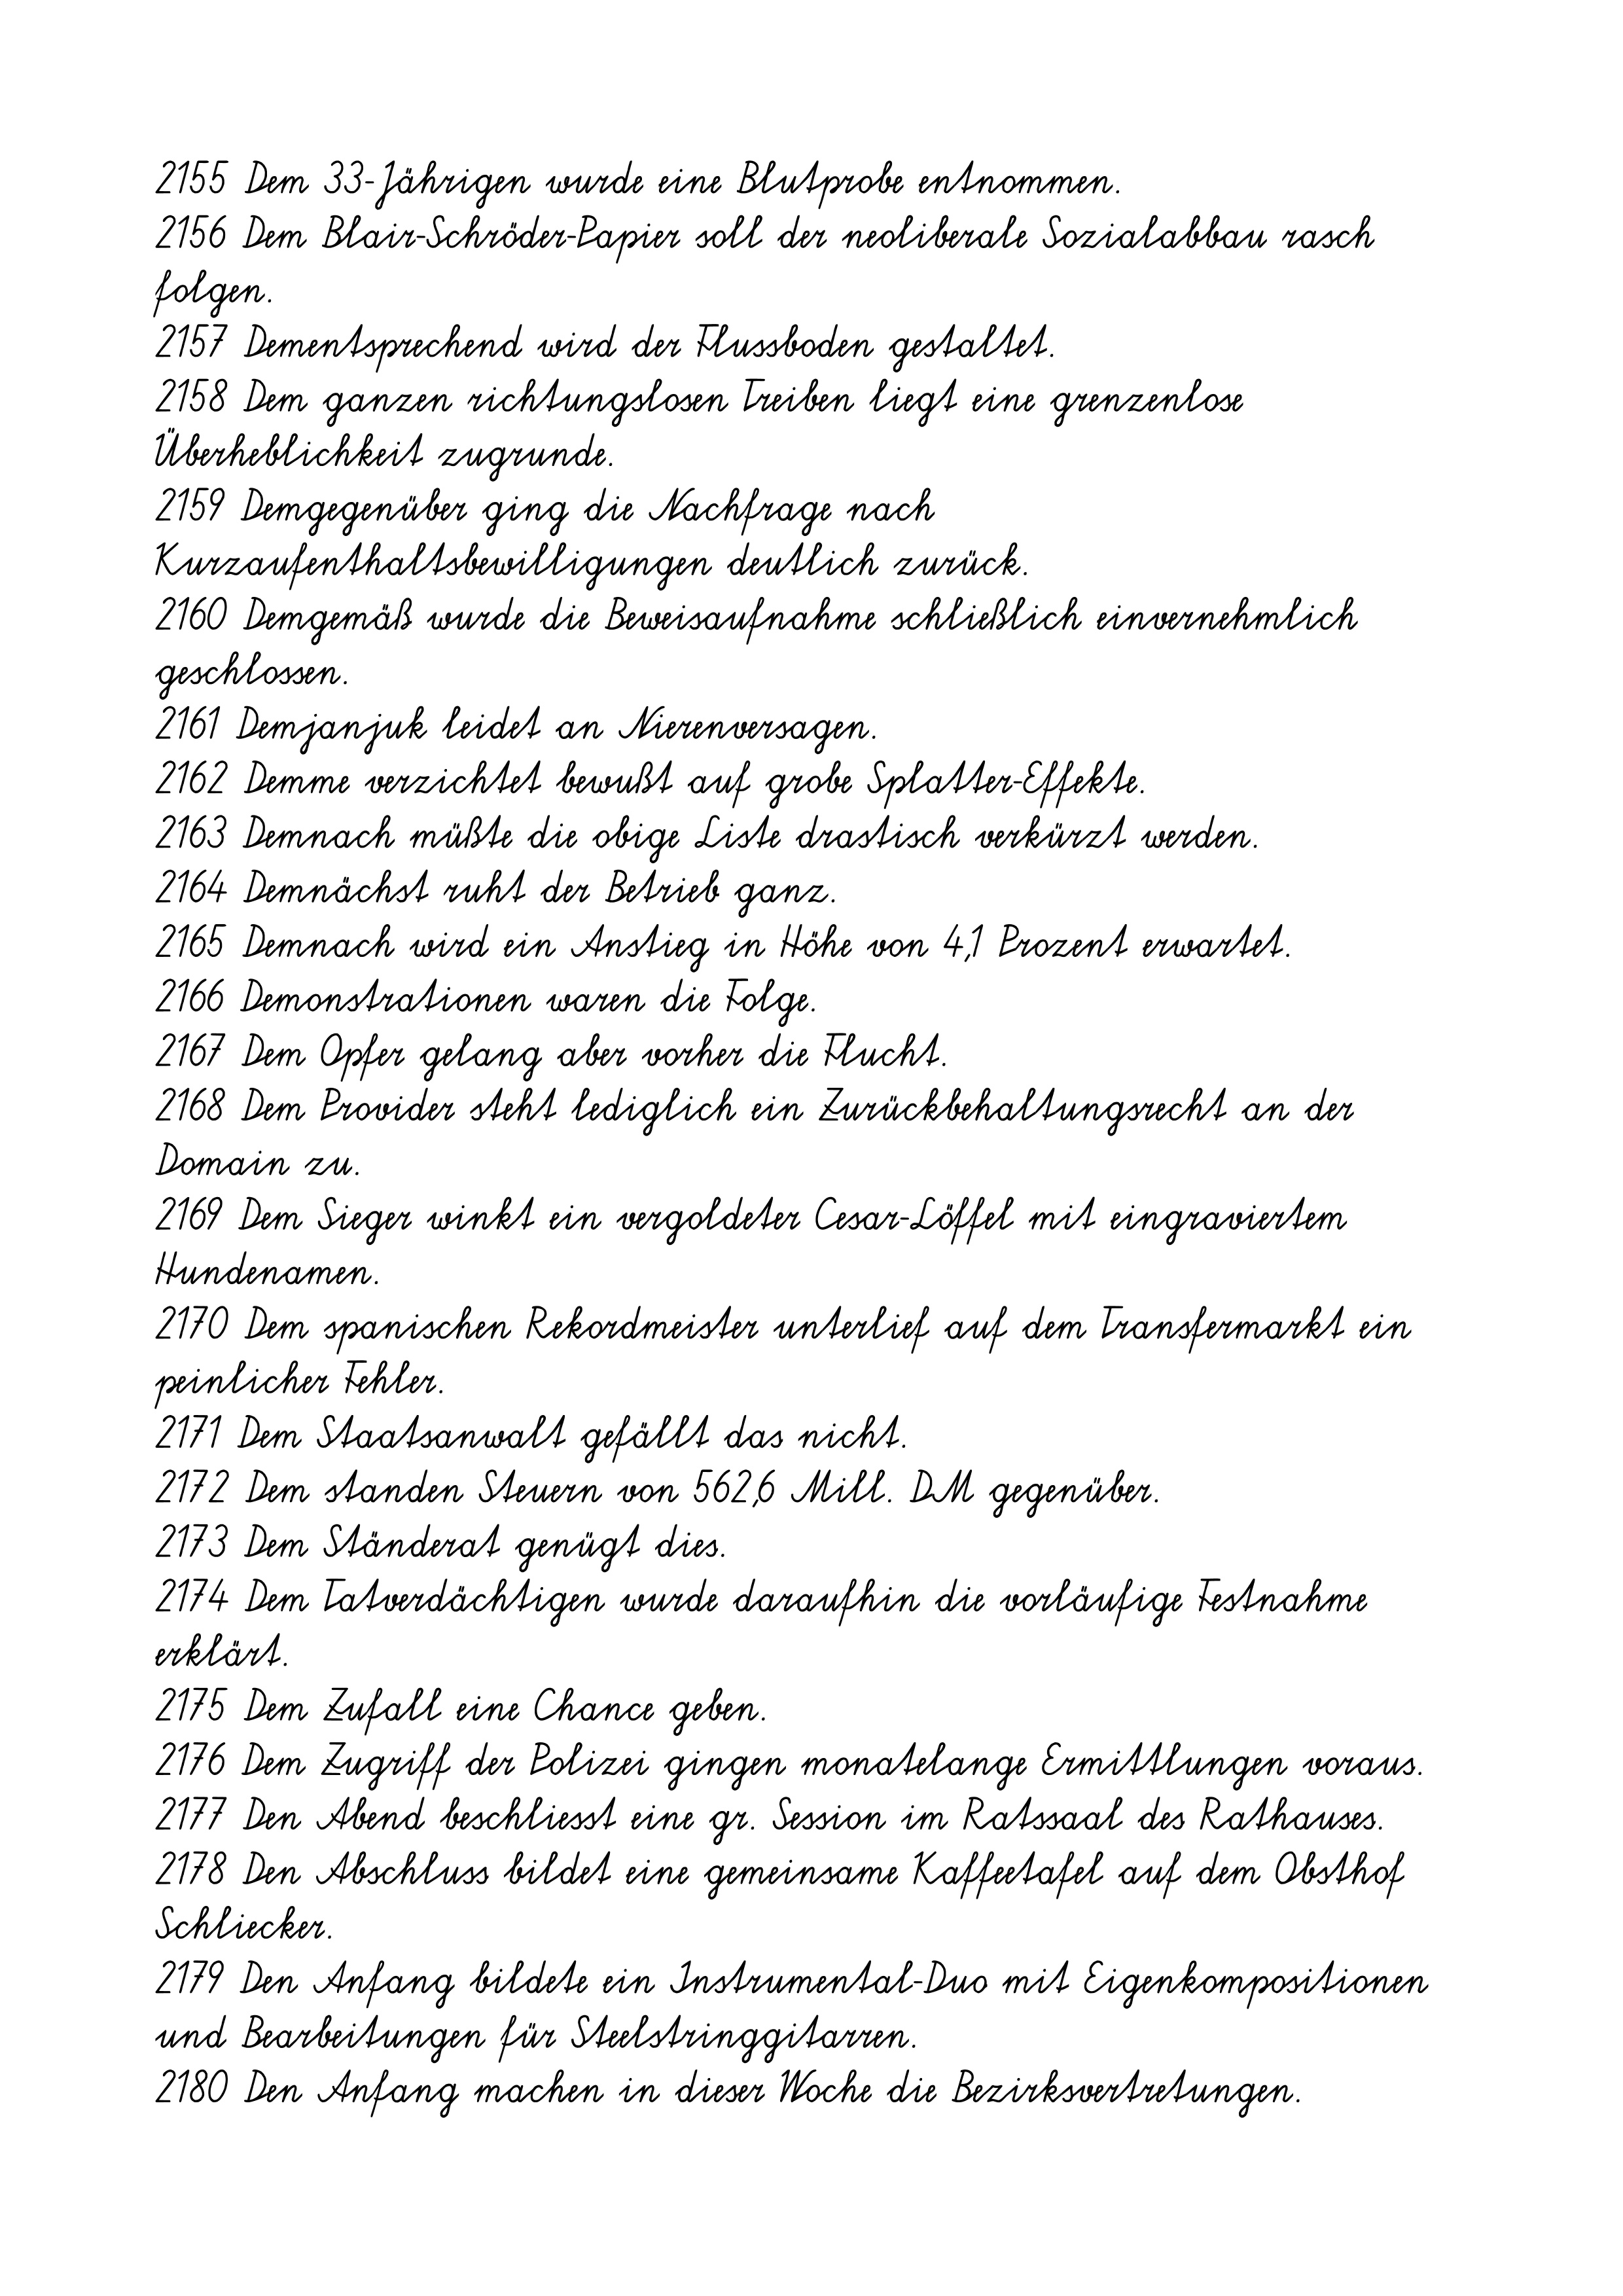
2155 Dem 33-Jährigen wurde eine Blutprobe entnommen.
2156 Dem Blair-Schröder-Papier soll der neoliberale Sozialabbau rasch
folgen.
2157 Dementsprechend wird der Flussboden gestaltet.
2158 Dem ganzen richtungslosen Treiben liegt eine grenzenlose
Überheblichkeit zugrunde.
2159 Demgegenüber ging die Nachfrage nach
Kurzaufenthaltsbewilligungen deutlich zurück.
2160 Demgemäß wurde die Beweisaufnahme schließlich einvernehmlich
geschlossen.
2161 Demjanjuk leidet an Nierenversagen.
2162 Demme verzichtet bewußt auf grobe Splatter-Effekte.
2163 Demnach müßte die obige Liste drastisch verkürzt werden.
2164 Demnächst ruht der Betrieb ganz.
2165 Demnach wird ein Anstieg in Höhe von 4,1 Prozent erwartet.
2166 Demonstrationen waren die Folge.
2167 Dem Opfer gelang aber vorher die Flucht.
2168 Dem Provider steht lediglich ein Zurückbehaltungsrecht an der
Domain zu.
2169 Dem Sieger winkt ein vergoldeter Cesar-Löffel mit eingraviertem
Hundenamen.
2170 Dem spanischen Rekordmeister unterlief auf dem Transfermarkt ein
peinlicher Fehler.
2171 Dem Staatsanwalt gefällt das nicht.
2172 Dem standen Steuern von 562,6 Mill. DM gegenüber.
2173 Dem Ständerat genügt dies.
2174 Dem Tatverdächtigen wurde daraufhin die vorläufige Festnahme
erklärt.
2175 Dem Zufall eine Chance geben.
2176 Dem Zugriff der Polizei gingen monatelange Ermittlungen voraus.
2177 Den Abend beschliesst eine gr. Session im Ratssaal des Rathauses.
2178 Den Abschluss bildet eine gemeinsame Kaffeetafel auf dem Obsthof
Schliecker.
2179 Den Anfang bildete ein Instrumental-Duo mit Eigenkompositionen
und Bearbeitungen für Steelstringgitarren.
2180 Den Anfang machen in dieser Woche die Bezirksvertretungen.